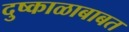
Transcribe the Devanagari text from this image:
दुष्काळाबाबत